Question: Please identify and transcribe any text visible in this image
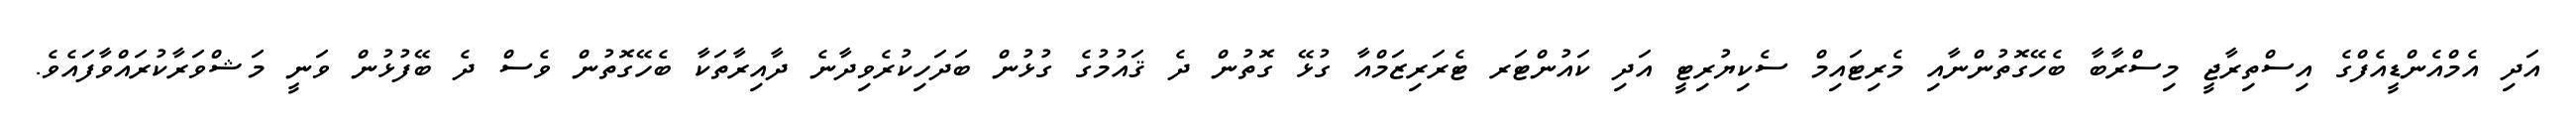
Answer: އަދި އެމްއެންޑީއެފްގެ އިސްތިރާޖީ މިސްރާބާ ބެހޭގޮތުންނާއި މެރިޓައިމް ސެކިޔުރިޓީ އަދި ކައުންޓަރ ޓެރަރިޒަމްއާ ގުޅޭ ގޮތުން ދެ ޤައުމުގެ ގުޅުން ބަދަހިކުރެވިދާނެ ދާއިރާތަކާ ބެހޭގޮތުން ވެސް ދެ ބޭފުޅުން ވަނީ މަޝްވަރާކުރައްވާފައެވެ.